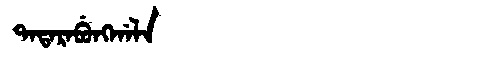
Manchu: ᡨᠠᡨᠠᡵᠠᠪᡠᠩᡤᠠᠯᠠ
Romanization: TATARABUNGGALA